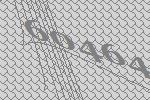
60464